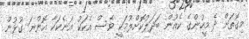
މިގޮތަށް ދެ މީހުންގެ ކެއުން ބަދަލުކޮށްލުމަކީ ވެސް އެކަކު އަނެކަކާ އޮންނަ ގުޅުން